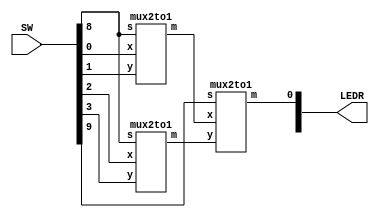
//SW[4:0] data inputs
//SW[9] select signal
//SW[9] select signal

//LEDR[0] output display

module fourmux(LEDR, SW);
    input [9:0] SW;
    output [9:0] LEDR;
    wire uov, wox;

    mux2to1 mux1(
        .x(SW[0]),
        .y(SW[1]),
        .s(SW[8]),
        .m(uov)
        );

    mux2to1 mux2(
        .x(SW[2]),
        .y(SW[3]),
        .s(SW[8]),
        .m(wox)
    );

    mux2to1 mux3(
        .x(uov),
        .y(wox),
        .s(SW[9]),
        .m(LEDR[0])
    );
endmodule

module mux2to1(x, y, s, m);
    input x; //selected when s is 0
    input y; //selected when s is 1
    input s; //select signal
    output m; //output

    assign m = s & y | ~s & x;
    // OR
    // assign m = s ? y : x;

endmodule